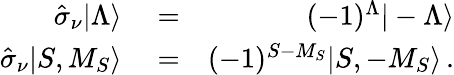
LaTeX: \begin{array}{rlr}{\hat{\sigma}_{\nu}|\Lambda\rangle}&{{}=}&{(-1)^{\Lambda}|-\Lambda\rangle}\\ {\hat{\sigma}_{\nu}|S,M_{S}\rangle}&{{}=}&{(-1)^{S-M_{S}}|S,-M_{S}\rangle\, .}\end{array}